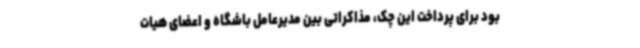
بود برای پرداخت این چک، مذاکراتی بین مدیرعامل باشگاه و اعضای هیات